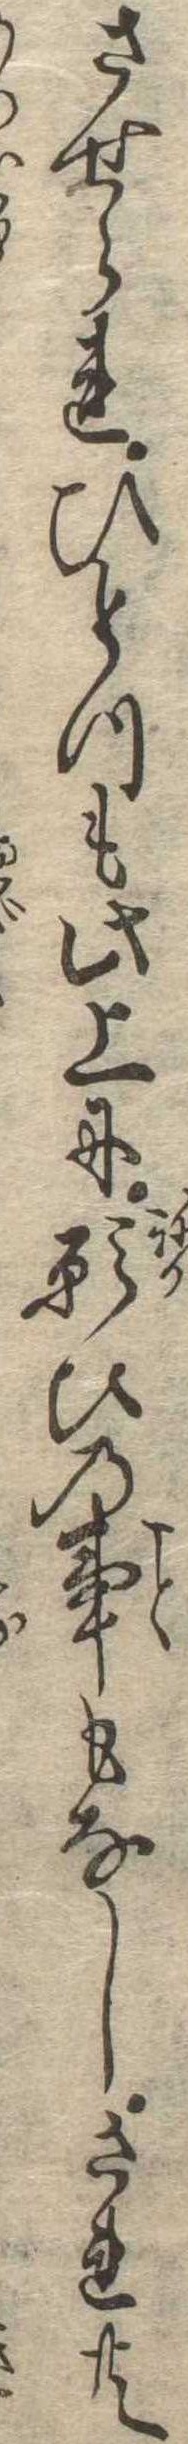
させられひとつも此上に願ひの事もなしされ共